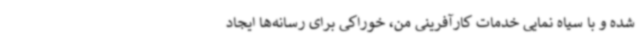
شده و با سیاه نمایی خدمات کارآفرینی من، خوراکی برای رسانه‌ها ایجاد